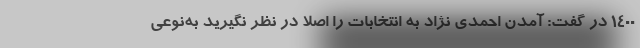
۱۴۰۰ در گفت: آمدن احمدی نژاد به انتخابات را اصلا در نظر نگیرید به‌نوعی